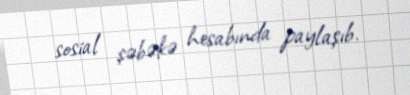
sosial şəbəkə hesabında paylaşıb.